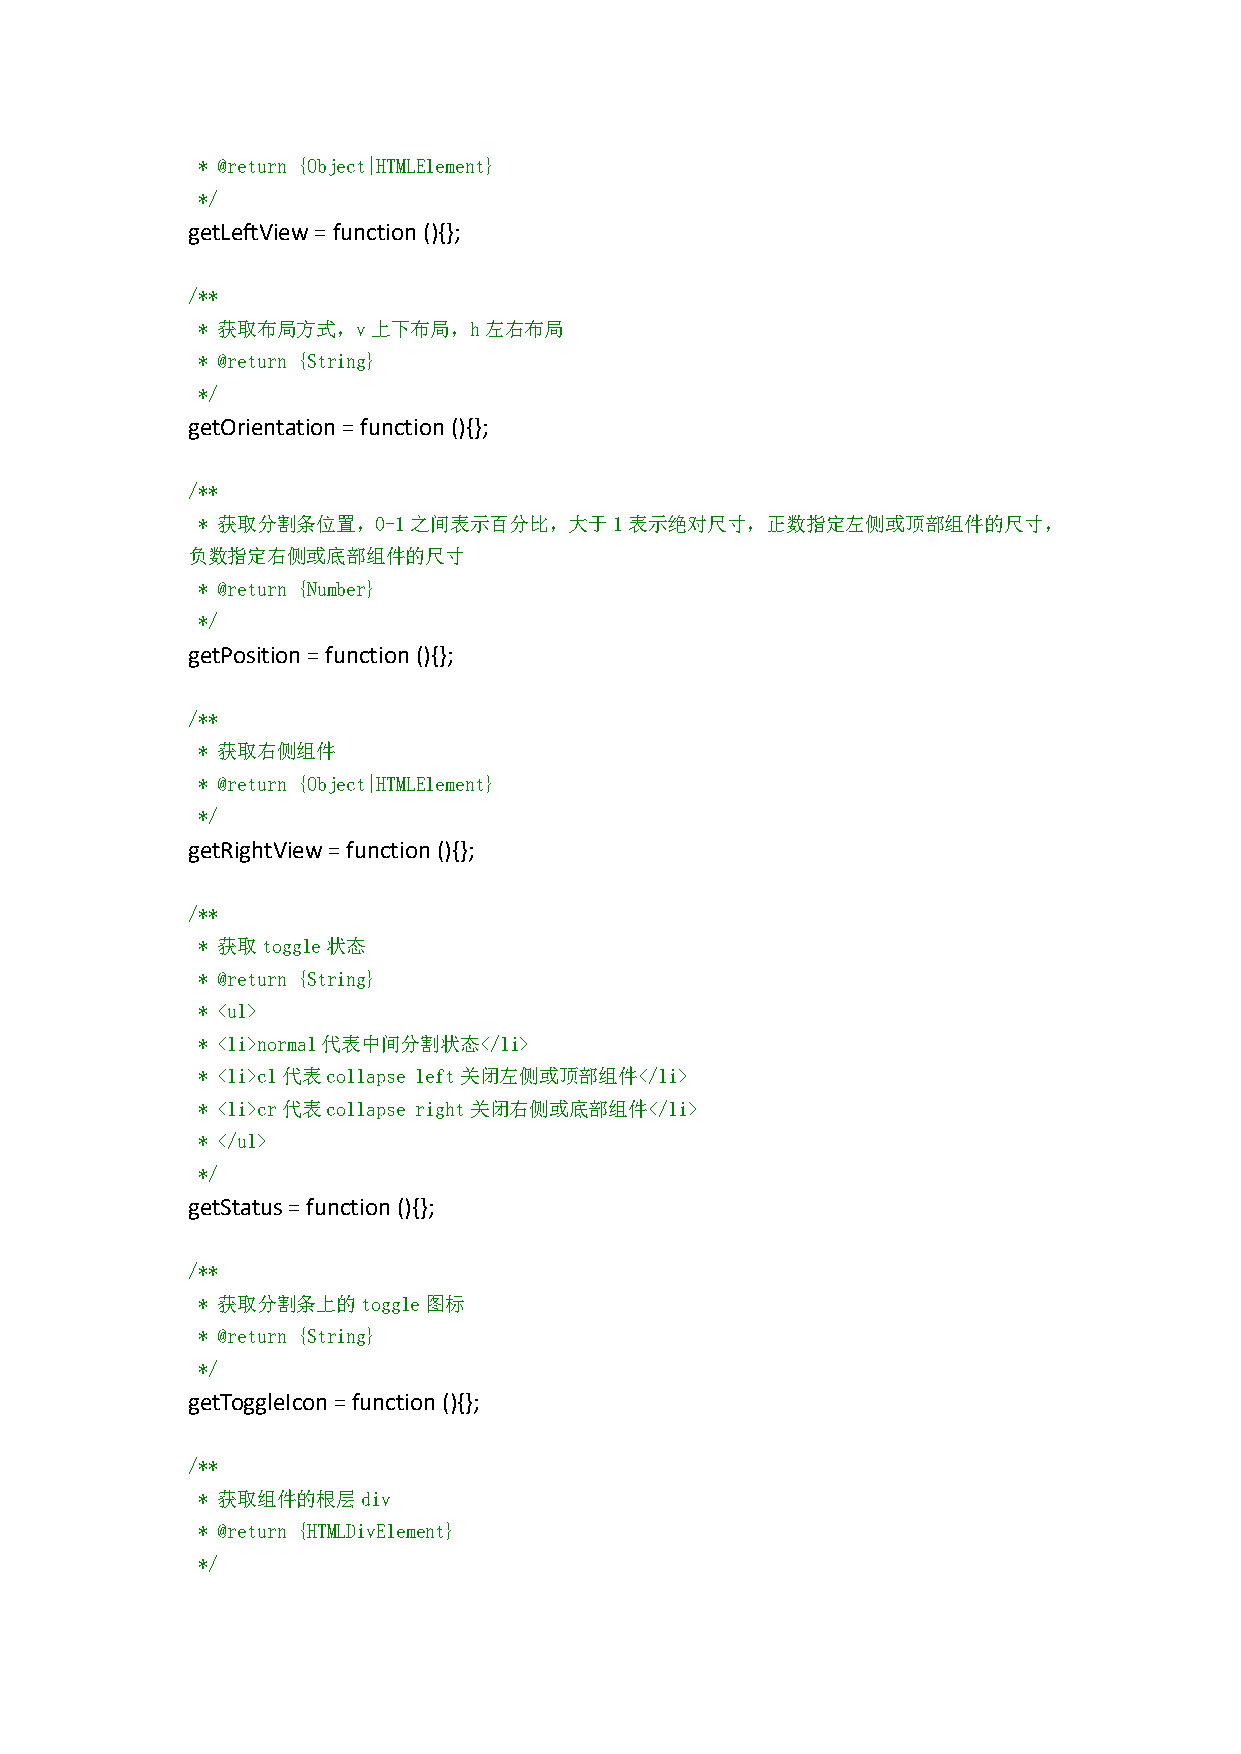
* @return {Object|HTMLElement}
 */
 getLeftView=function(){};
 /**
 * 获取布局方式，v上下布局，h左右布局
 * @return {String}
 */
 getOrientation=function(){};
 /**
 * 获取分割条位置，0-1之间表示百分比，大于1表示绝对尺寸，正数指定左侧或顶部组件的尺寸，
 负数指定右侧或底部组件的尺寸
 * @return {Number}
 */
 getPosition=function(){};
 /**
 * 获取右侧组件
 * @return {Object|HTMLElement}
 */
 getRightView=function(){};
 /**
 * 获取toggle状态
 * @return {String}
 * <ul>
 * <li>normal代表中间分割状态</li>
 * <li>cl代表collapse left关闭左侧或顶部组件</li>
 * <li>cr代表collapse right关闭右侧或底部组件</li>
 * </ul>
 */
 getStatus=function(){};
 /**
 * 获取分割条上的toggle图标
 * @return {String}
 */
 getToggleIcon=function(){};
 /**
 * 获取组件的根层div
 * @return {HTMLDivElement}
 */